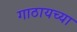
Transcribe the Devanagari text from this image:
गाठायच्या